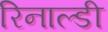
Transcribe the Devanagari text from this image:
रिनाल्डी